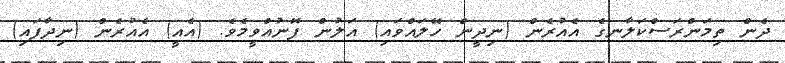
ދެން ތިމަންރަސްކަލާނގެ އެއުރެން (ނިދީން ހޭލައްވައި) އަލުން ފޮނުއްވީމެވެ. (އެއީ) އެއުރެން (ނިދާފައި)